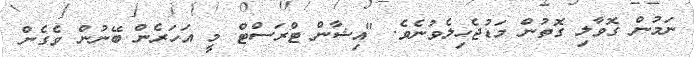
ނަމުން ގޮވާލި ގޮތުން މަޑުޖެހިލެވުނެވެ. "އިޝާން ޓްރަސްޓް މީ އަހަރެން ބޭނުން ވެގެން